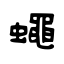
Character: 蠅